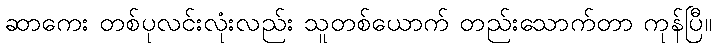
ဆာကေး တစ်ပုလင်းလုံးလည်း သူတစ်ယောက် တည်းသောက်တာ ကုန်ပြီ။